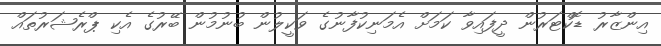
އިންޒާރު ޑޮކްޓަރުން ދީފައިވާ ކަމަށް އެމަނިކުފާނުގެ ވަކީލުން ބުނުމުން ބޭރުގެ އެކި ޕްރެޝަރުތައް